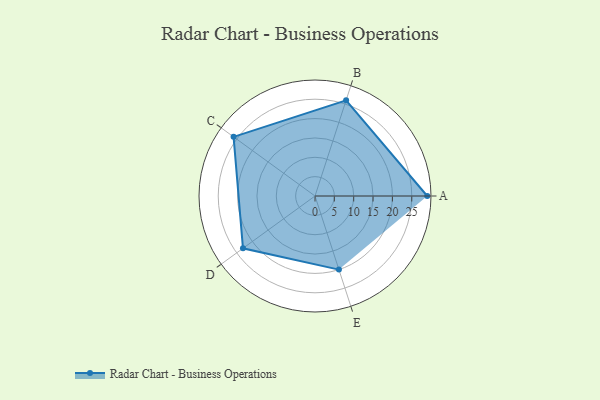
{"axis": {"x": "Skill", "y": "Score"}, "legend": ["Profile"], "data": [{"x": "A", "y": 29.0, "type": "Profile"}, {"x": "B", "y": 26.0, "type": "Profile"}, {"x": "C", "y": 26.0, "type": "Profile"}, {"x": "D", "y": 23.0, "type": "Profile"}, {"x": "E", "y": 20.0, "type": "Profile"}]}